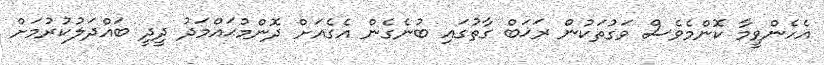
އެހެންވީމާ ކޮންމެވެސް ވަގުތަކުން ރަޚަބް ގާތުގައި ބުނެގެން އެގެއަށް ދޮންމުޙައްމަދު ދީދީ ބައްދަލުކުރުމަށް